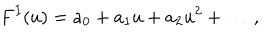
LaTeX: F ^ { I } ( u ) = a _ { 0 } + a _ { 1 } u + a _ { 2 } u ^ { 2 } + \dots \, ,